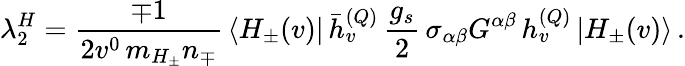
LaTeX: \lambda_{2}^{H}={\frac{\mp 1}{2v^{0}\, m_{H_{\pm}}n_{\mp}}}\, \langle H_{\pm}(v)|\, \bar{h}_{v}^{(Q)}\, \frac{g_{s}}2\, \sigma_{\alpha\beta}G^{\alpha\beta}\, h_{v}^{(Q)}\, |H_{\pm}(v)\rangle\, .